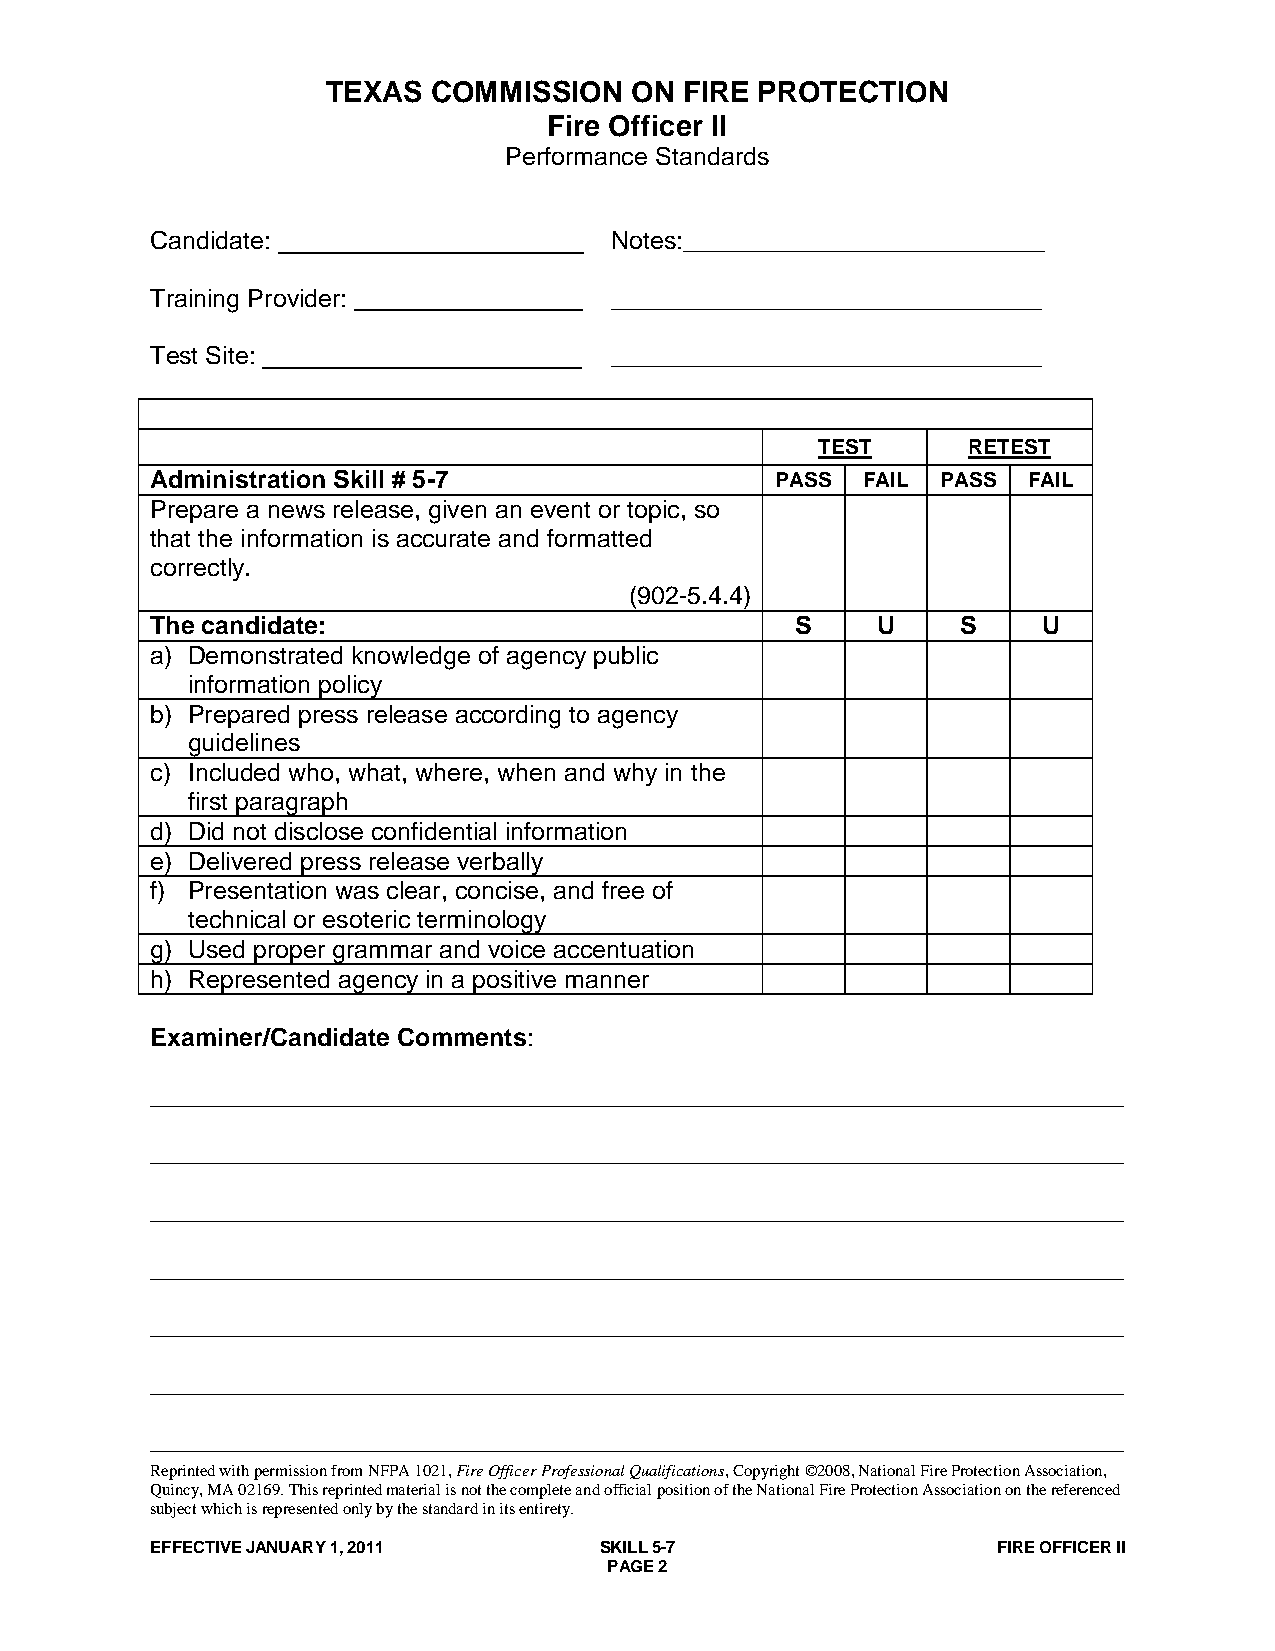
TEXAS  COMMISSION   ON FIRE PROTECTION
 Fire Officer II
 Performance Standards
 Candidate:                    Notes:__________________________
 Training Provider:            _______________________________
 Test Site:                    _______________________________
 TEST      RETEST
 Administration Skill # 5-7               PASS  FAIL PASS  FAIL
 Prepare a news release, given an event or topic, so
 that the information is accurate and formatted
 correctly.
 (902-5.4.4)
 The candidate:                             S    U     S    U
 a) Demonstrated knowledge of agency public
 information policy
 b) Prepared press release according to agency
 guidelines
 c) Included who, what, where, when and why in the
 first paragraph
 d) Did not disclose confidential information
 e) Delivered press release verbally
 f) Presentation was clear, concise, and free of
 technical or esoteric terminology
 g) Used proper grammar and voice accentuation
 h) Represented agency in a positive manner
 Examiner/Candidate Comments:
 ______________________________________________________________________
 ______________________________________________________________________
 ______________________________________________________________________
 ______________________________________________________________________
 ______________________________________________________________________
 ______________________________________________________________________
 ______________________________________________________________________
 Reprinted with permission from NFPA 1021, Fire Officer Professional Qualifications, Copyright ©2008, National Fire Protection Association,
 Quincy, MA 02169. This reprinted material is not the complete and official position of the National Fire Protection Association on the referenced
 subject which is represented only by the standard in its entirety.
 EFFECTIVE JANUARY 1, 2011     SKILL 5-7                 FIRE OFFICER II
 PAGE 2